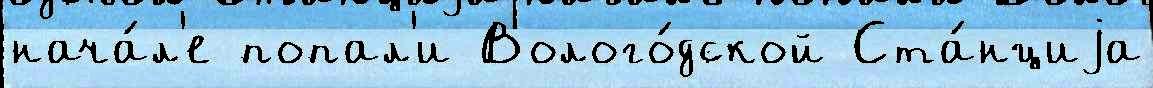
нача́л'е попал'и Волого́дской Ста́нциjа